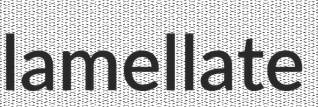
lamellate